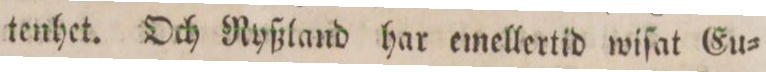
tenhet. Och Nyßland har emellertid wiſat Eu=